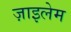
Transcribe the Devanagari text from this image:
ज़ाइलेम